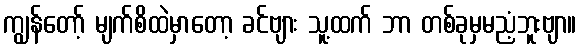
ကျွန်တော့် မျက်စိထဲမှာတော့ ခင်ဗျား သူ့ထက် ဘာ တစ်ခုမှမညံ့ဘူးဗျာ။